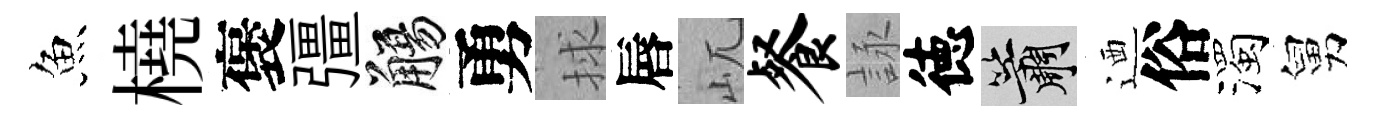
魚橈褒彊觴勇捄唇屼餐詠徳簫迺俗濁舅